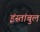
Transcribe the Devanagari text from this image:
इंस्तांबुल